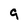
Character: 9